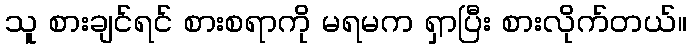
သူ စားချင်ရင် စားစရာကို မရမက ရှာပြီး စားလိုက်တယ်။